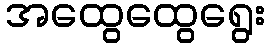
အထွေထွေရွေး